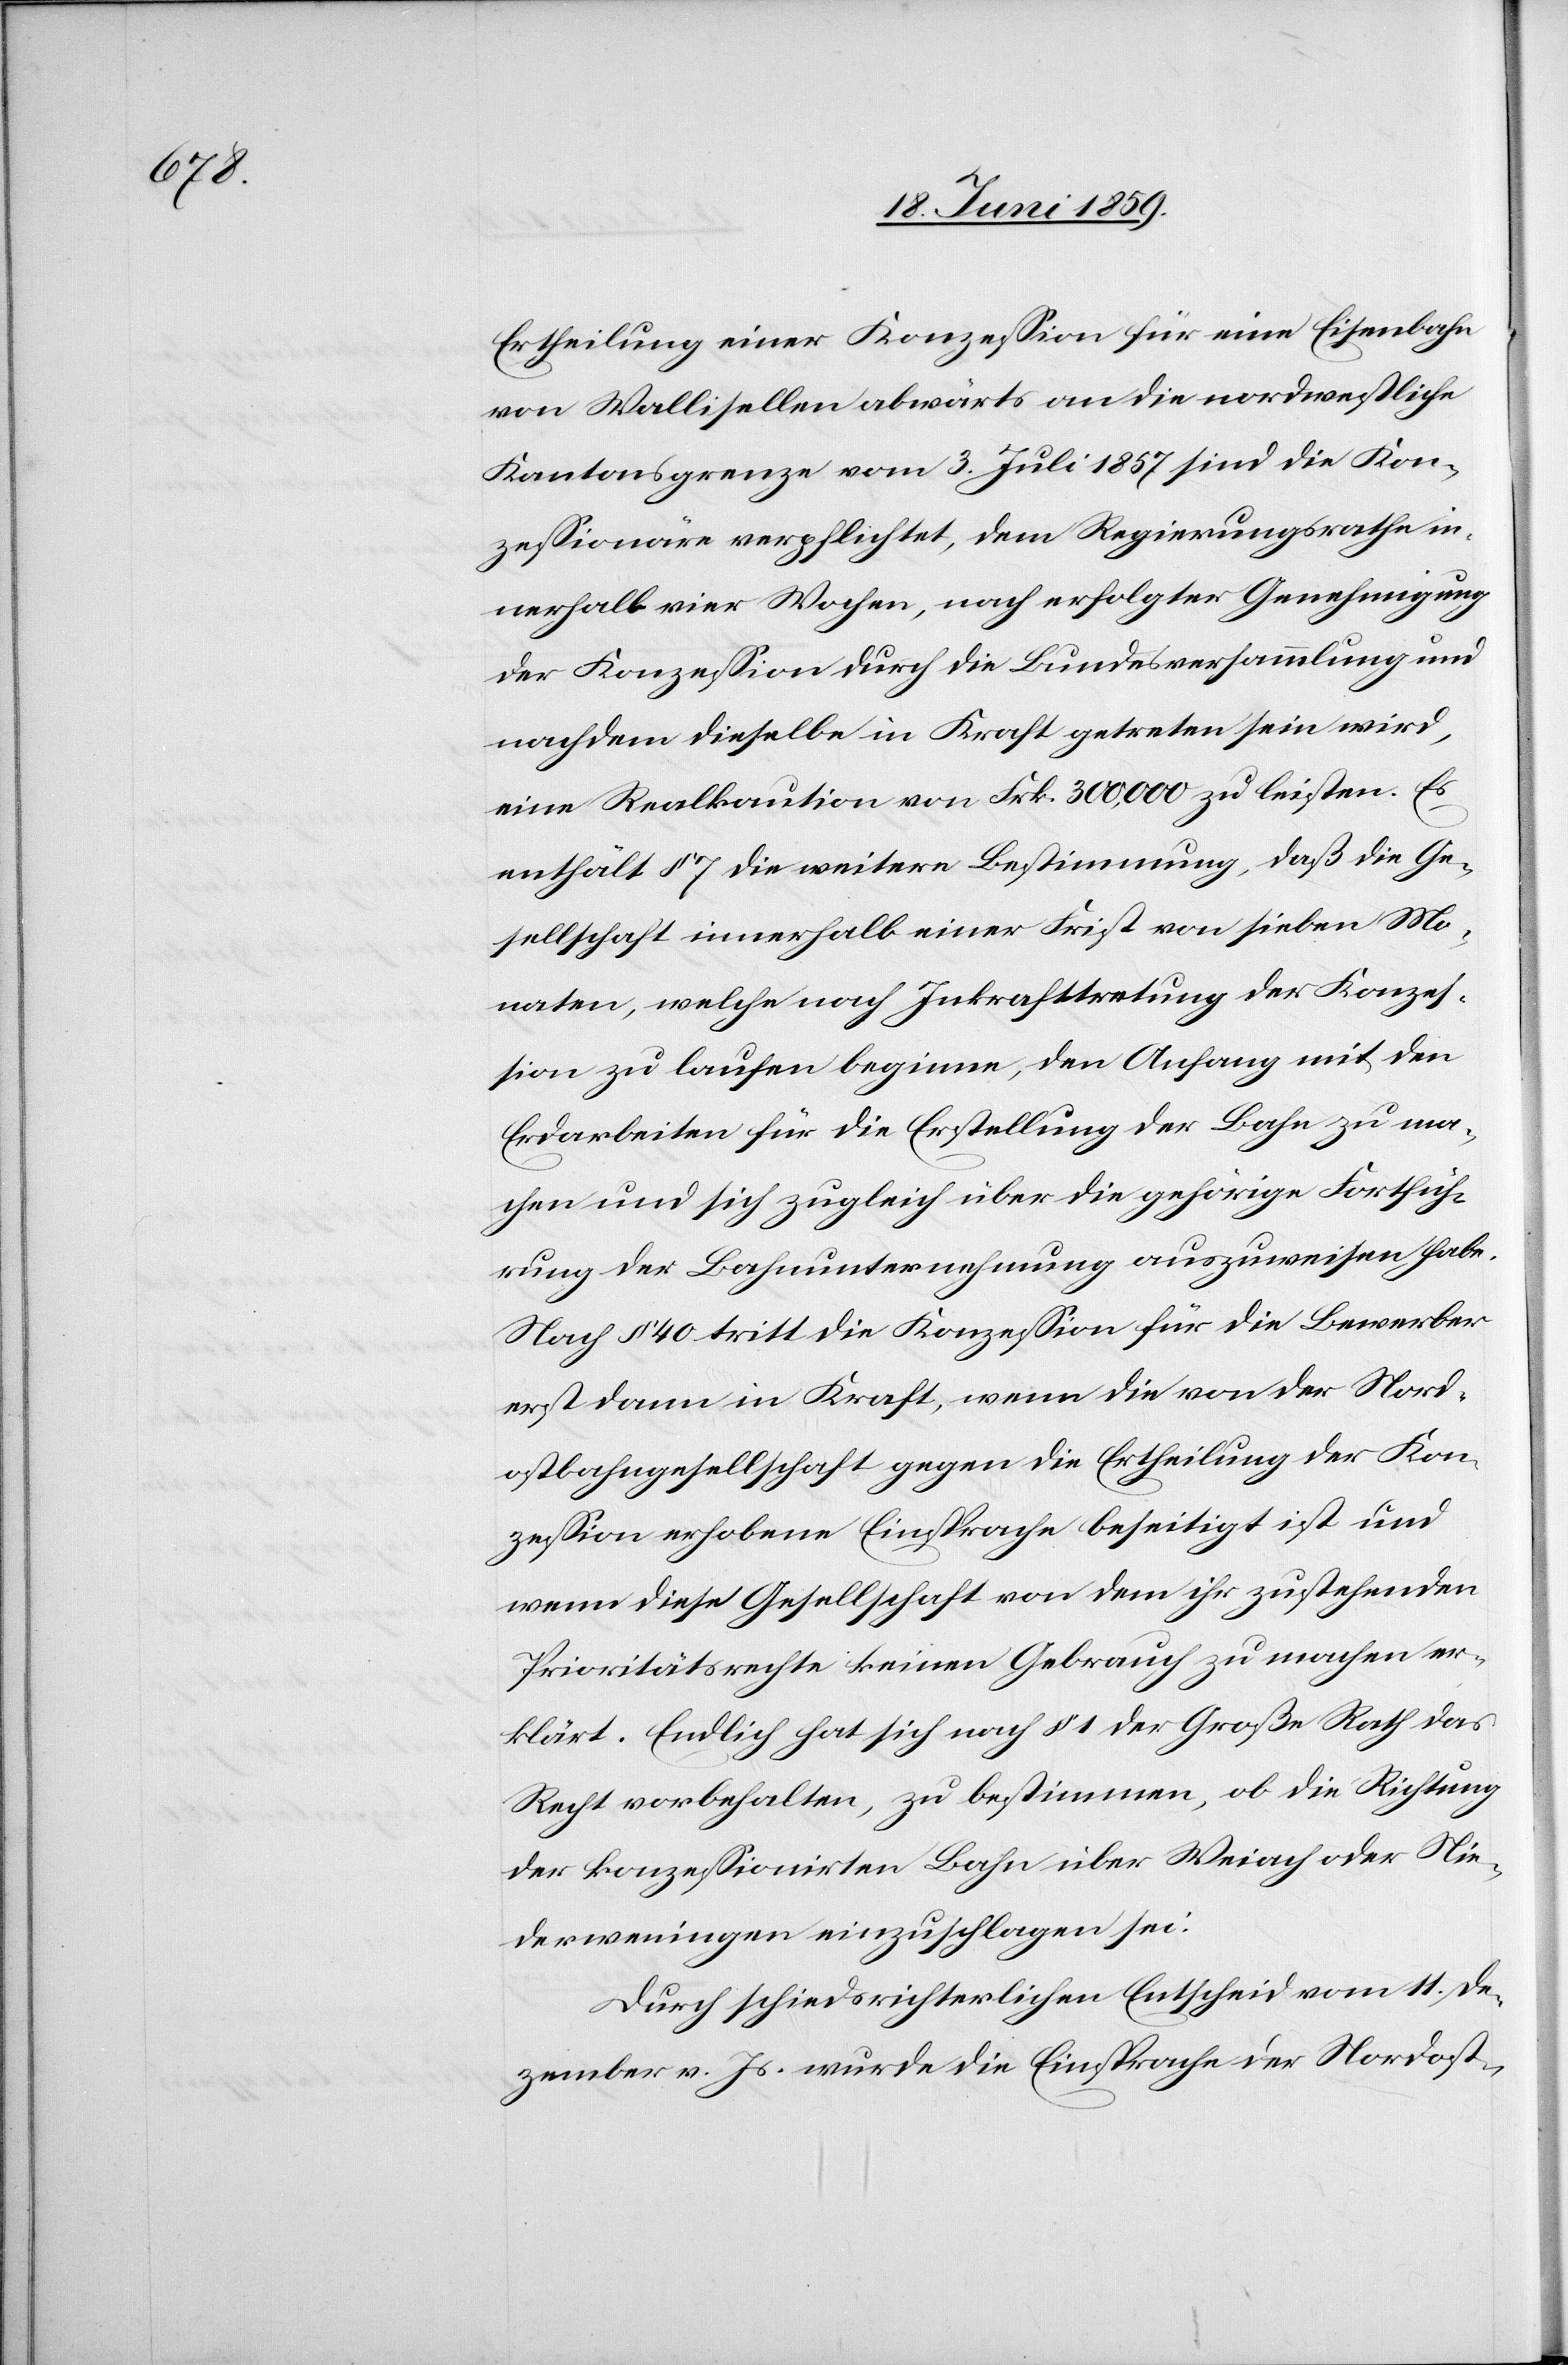
Ertheilung einer Konzession für eine Eisenbahn
von Wallisellen abwärts an die nordwestliche
Kantonsgrenze vom 3. Juli 1857 sind die Kon¬
zessionäre verpflichtet, dem Regierungsrathe in¬
nerhalb vier Wochen, nach erfolgter Genehmigung
der Konzession durch die Bundesversammlung und
nachdem dieselbe in Kraft getreten sein wird,
eine Realkaution von Frk. 300,000 zu leisten. Es
enthält § 7 die weitere Bestimmung, daß die Ge¬
sellschaft innerhalb einer Frist von sieben Mo¬
naten, welche nach Inkrafttretung der Konzes¬
sion zu laufen beginne, den Anfang mit den
Erdarbeiten für die Erstellung der Bahn zu ma¬
chen und sich zugleich über die gehörige Fortfüh¬
rung der Bahnunternehmung auszuweisen habe.
Nach § 40 tritt die Konzession für die Bewerber
erst dann in Kraft, wenn die von der Nord¬
ostbahngesellschaft gegen die Ertheilung der Kon¬
zession erhobene Einsprache beseitigt ist und
wenn diese Gesellschaft von dem ihr zustehenden
Prioritätsrechte keinen Gebrauch zu machen er¬
klärt. Endlich hat sich nach § 1 der Große Rath das
Recht vorbehalten, zu bestimmen, ob die Richtung
der konzessionirten Bahn über Weiach oder Nie¬
derweningen einzuschlagen sei.
Durch schiedsrichterlichen Entscheid vom 11. De¬
zember v. Js. wurde die Einsprache der Nordost-